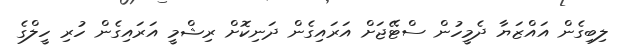
ލިބިގެން އައްޒަޔާ ދެމީހުން ސްޓޭޖަށް އަރައިގެން ދަނިކޮށް ރިޝްމީ އަރައިގެން ހުރި ހީލްގެ